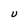
Character: U